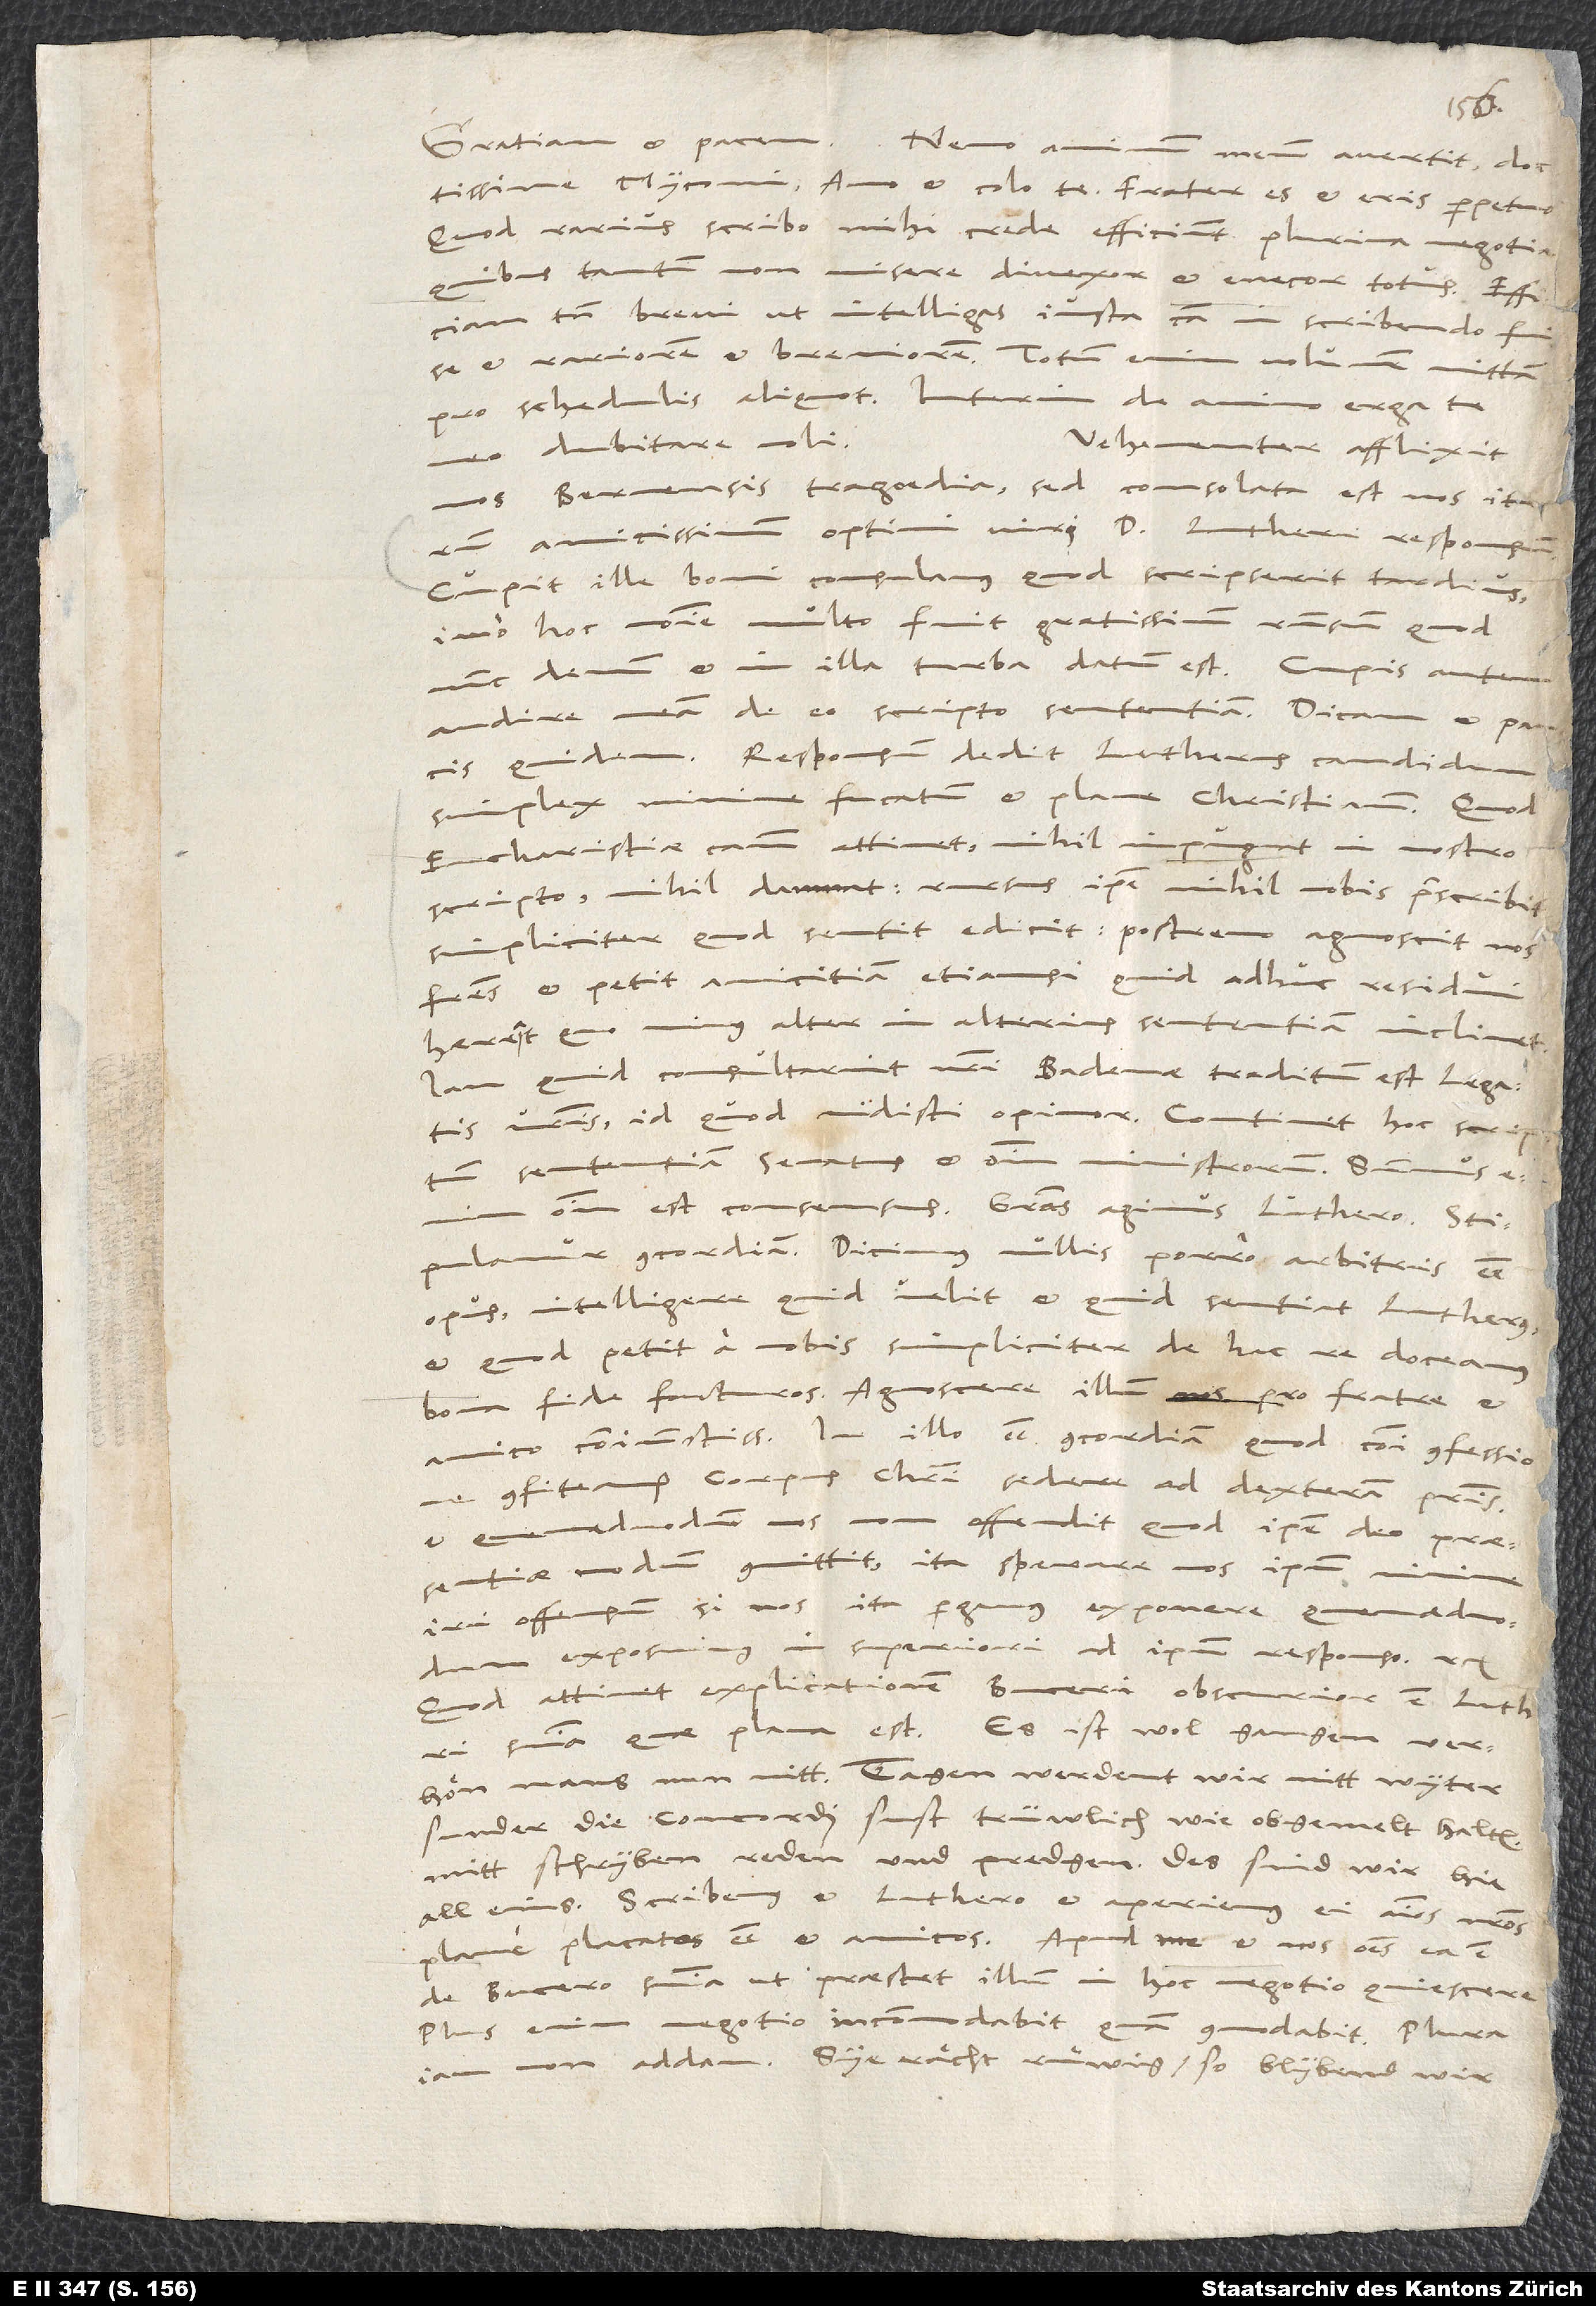
Myconi. Amo et colo te; frater es et eris perpetuo.
Quod rarius scribo, mihi crede, efficiunt plurima negotia,
quibus tantum non misere divexor et enecor totus. Efficiam
tamen brevi, ut intelligas iusta causa in scribendo fuisse
et rariorem et breviorem; totum enim volumen mittam
pro schedulis aliquot. Interim de animo erga te
dubitare noli.
Vehementer afflixit
nos Bernensis tragoedia, sed consolata est nos iterum
amicissimum optimi viri doctoris Lutheri responsum.
Cupit ille boni consulamus, quod scripserit tardius;
imo hoc nomine multo fuit gratissimum responsum, quod
nunc demum et in illa turba datum est. Cupis autem
audire meam de eo scripto sententiam. Dicam et paucis
quidem: Responsum dedit Lutherus candidum,
simplex, minime fucatum et plane christianum. Quod
eucharistiae causam attinet, nihil impugnat in nostro
scripto, nihil damnat; rursus ipse nihil nobis praescribit,
simpliciter, quod sentit, edicit; postremo agnoscit nos
fratres et petit amicitiam, etiamsi quid adhuc residui
haereat, quo minus alter in alterius sententiam inclinet.
consultarint nostri, Badenae traditum est legatis
vestris, id quod vidisti, opinor. Continet hoc scriptum
sententiam senatus et omnium ministrorum.
omnium est consensus. Gratias agimus Luthero,
stipulamur concordiam, dicimus nullis porro arbitris esse
opus, intelligere, quid velit et quid sentiat Lutherus,
et quod petit a nobis, simpliciter de hac re doceamus,
bona fide facturos, agnoscere illum nos pro fratre et
amico coniunctissimo; in illo esse concordiam, quod communi confessione
confiteamur corpus Christi sedere ad dexteram patris,
et quemadmodum nos non offendit, quod ipse deo praesentiae
modum committit, ita sperare nos ipsum
iri offensum, si nos ita pergamus exponere, quemadmodum
exposuimus in superiori ad ipsum responsione etc.
Quod attinet explicationem Buceri, obscurior est Lutheri
sententia, quae plana est. Es ist wol gangen; verhön
mans nun nitt. Tagen werdent wir nitt wyter,
sunder die concordi sust trüwlich wie obgemelt halten
mitt schryben, reden und predgen. Des sind wir hie
all eins. Scribemus et Luthero et aperiemus ei animos nostros
de Bucero sententia, ut praestet illum in hoc negotio quiescere.
Plus enim negotio incommodabit quam commodabit. Plura
iam non addam. Sye rächt ruͤwig, so blybend wir